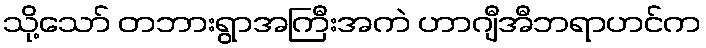
သို့သော် တဘားရွာအကြီးအကဲ ဟာဂျီအီဘရာဟင်က